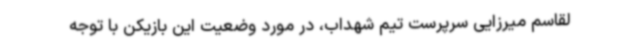
لقاسم‌ میرزایی سرپرست تیم شهداب، در مورد وضعیت این بازیکن با توجه